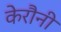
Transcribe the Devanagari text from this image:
केरौनी